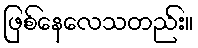
ဖြစ်နေလေသတည်း။